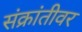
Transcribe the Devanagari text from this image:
संक्रांतीवर